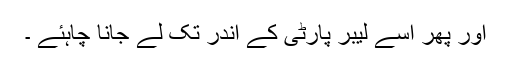
اور پھر اسے لیبر پارٹی کے اندر تک لے جانا چاہئے ۔